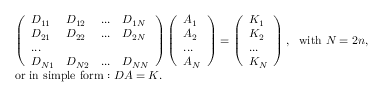
\begin{array} { r l } & { \left( \begin{array} { l l l l } { D _ { 1 1 } } & { D _ { 1 2 } } & { . . . } & { D _ { 1 N } } \\ { D _ { 2 1 } } & { D _ { 2 2 } } & { . . . } & { D _ { 2 N } } \\ { . . . } \\ { D _ { N 1 } } & { D _ { N 2 } } & { . . . } & { D _ { N N } } \end{array} \right) \left( \begin{array} { l } { A _ { 1 } } \\ { A _ { 2 } } \\ { . . . } \\ { A _ { N } } \end{array} \right) = \left( \begin{array} { l } { K _ { 1 } } \\ { K _ { 2 } } \\ { . . . } \\ { K _ { N } } \end{array} \right) , ~ ~ \mathrm { w i t h } ~ N = 2 n , } \\ & { \mathrm { o r ~ i n ~ s i m p l e ~ f o r m : } ~ D A = K . } \end{array}